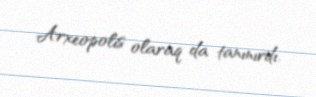
Arxeopolis olaraq da tanınırdı.